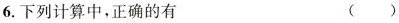
6.下列计算中，正确的有 ( )